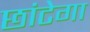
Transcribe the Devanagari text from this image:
छांटेगा